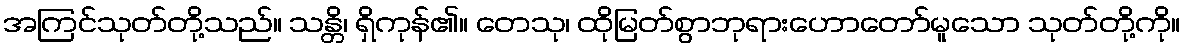
အကြင်သုတ်တို့သည်။ သန္တိ၊ ရှိကုန်၏။ တေသု၊ ထိုမြတ်စွာဘုရားဟောတော်မူသော သုတ်တို့ကို။